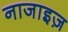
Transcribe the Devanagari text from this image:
नाजाइज़